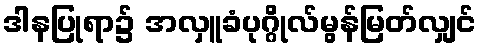
ဒါနပြုရာ၌ အလှူခံပုဂ္ဂိုလ်မွန်မြတ်လျှင်